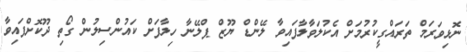
ނޮޅިވަރަމް ތަރައްގީކުރުމަށް އެކުލަވާލާފައިވާ ލޭންޑް ޔޫޒް ޕްލޭނާ ހިލާފަށް ކައުންސިލުން ގޯތި ދޫކޮށްފައިވާ